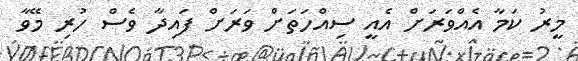
މީރު ކަމާ އެއްވަރަށް އެއީ ސިއްހަތަށް ވަރަށް ފައިދާ ވެސް ހުރި މޭވާ